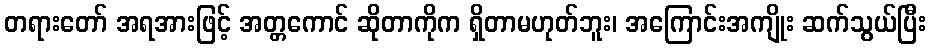
တရားတော် အရအားဖြင့် အတ္တကောင် ဆိုတာကိုက ရှိတာမဟုတ်ဘူး၊ အကြောင်းအကျိုး ဆက်သွယ်ပြီး